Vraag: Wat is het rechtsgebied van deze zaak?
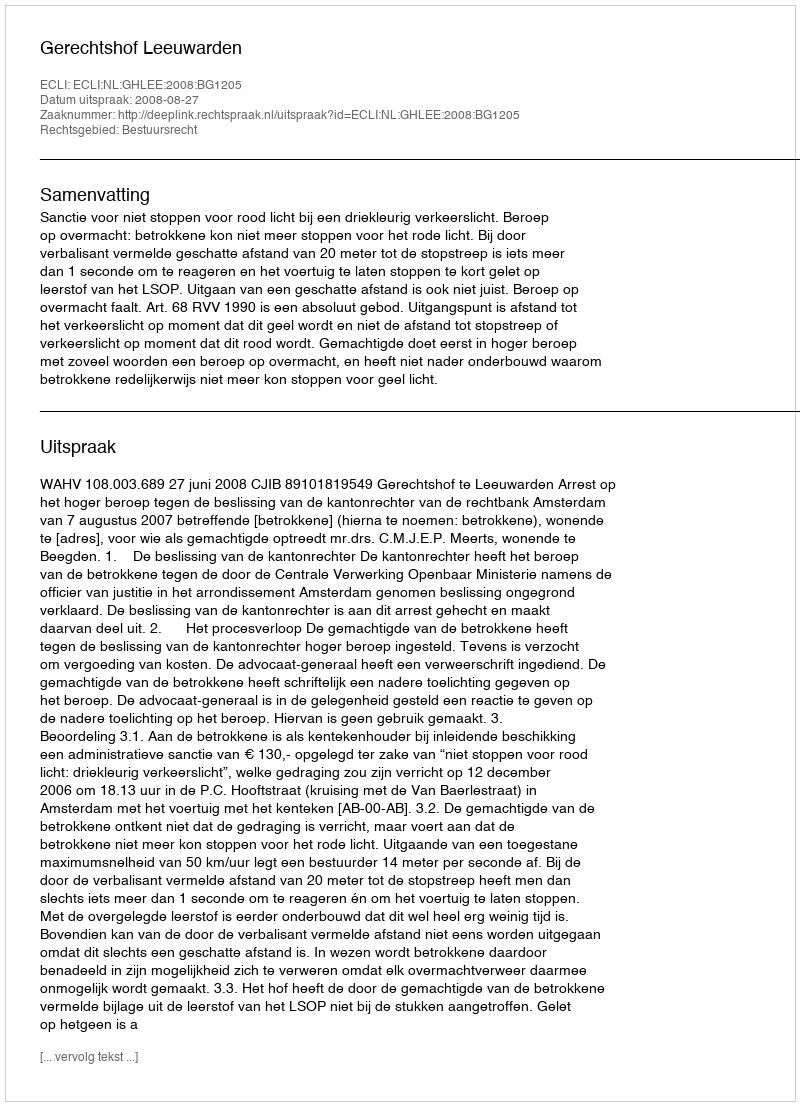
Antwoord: Bestuursrecht